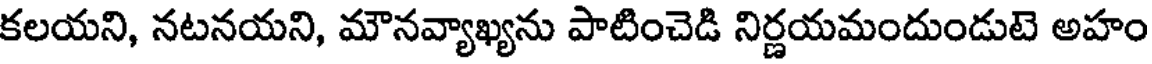
కలయని, నటనయని, మౌనవ్యాఖ్యను పాటించెడి నిర్ణయమందుండుటె అహం